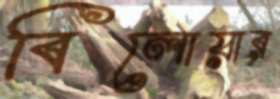
বিলোয়ার